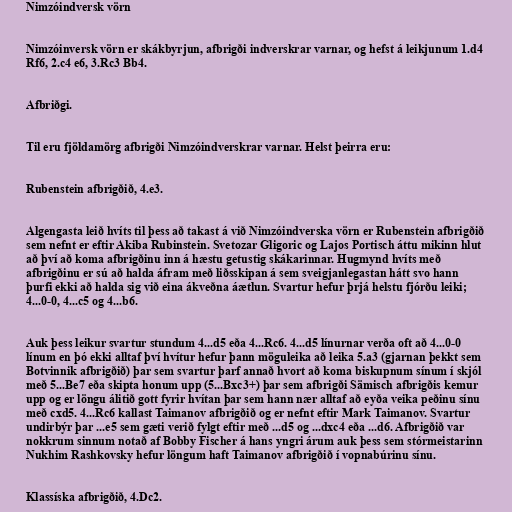
Nimzóindversk vörn

Nimzóinversk vörn er skákbyrjun, afbrigði indverskrar varnar, og hefst á leikjunum 1.d4
Rf6, 2.c4 e6, 3.Rc3 Bb4.

Afbriðgi.

Til eru fjöldamörg afbrigði Nimzóindverskrar varnar. Helst þeirra eru:

Rubenstein afbrigðið, 4.e3.

Algengasta leið hvíts til þess að takast á við Nimzóindverska vörn er Rubenstein afbrigðið
sem nefnt er eftir Akiba Rubinstein. Svetozar Gligoric og Lajos Portisch áttu mikinn hlut
að því að koma afbrigðinu inn á hæstu getustig skákarinnar. Hugmynd hvíts með
afbrigðinu er sú að halda áfram með liðsskipan á sem sveigjanlegastan hátt svo hann
þurfi ekki að halda sig við eina ákveðna áætlun. Svartur hefur þrjá helstu fjórðu leiki;
4...0-0, 4...c5 og 4...b6.

Auk þess leikur svartur stundum 4...d5 eða 4...Rc6. 4...d5 línurnar verða oft að 4...0-0
línum en þó ekki alltaf því hvítur hefur þann möguleika að leika 5.a3 (gjarnan þekkt sem
Botvinnik afbrigðið) þar sem svartur þarf annað hvort að koma biskupnum sínum í skjól
með 5...Be7 eða skipta honum upp (5...Bxc3+) þar sem afbrigði Sämisch afbrigðis kemur
upp og er löngu álitið gott fyrir hvítan þar sem hann nær alltaf að eyða veika peðinu sínu
með cxd5. 4...Rc6 kallast Taimanov afbrigðið og er nefnt eftir Mark Taimanov. Svartur
undirbýr þar ...e5 sem gæti verið fylgt eftir með ...d5 og ...dxc4 eða ...d6. Afbrigðið var
nokkrum sinnum notað af Bobby Fischer á hans yngri árum auk þess sem stórmeistarinn
Nukhim Rashkovsky hefur löngum haft Taimanov afbrigðið í vopnabúrinu sínu.

Klassíska afbrigðið, 4.Dc2.